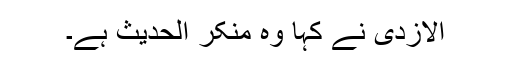
الازدی نے کہا وہ منکر الحدیث ہے۔